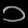
Digit: ၁